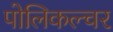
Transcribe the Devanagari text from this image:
पोलिकल्चर